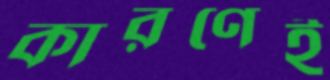
কারণেই